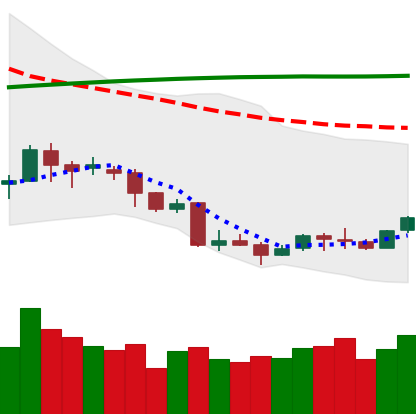
Ticker: LINK-USD
Chart end date: 2018-04-08
Forward return: 16.646%
Label: up_7plus